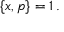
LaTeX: \{ x , p \} = 1 \, .